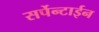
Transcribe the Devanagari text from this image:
सर्पेन्टाईन